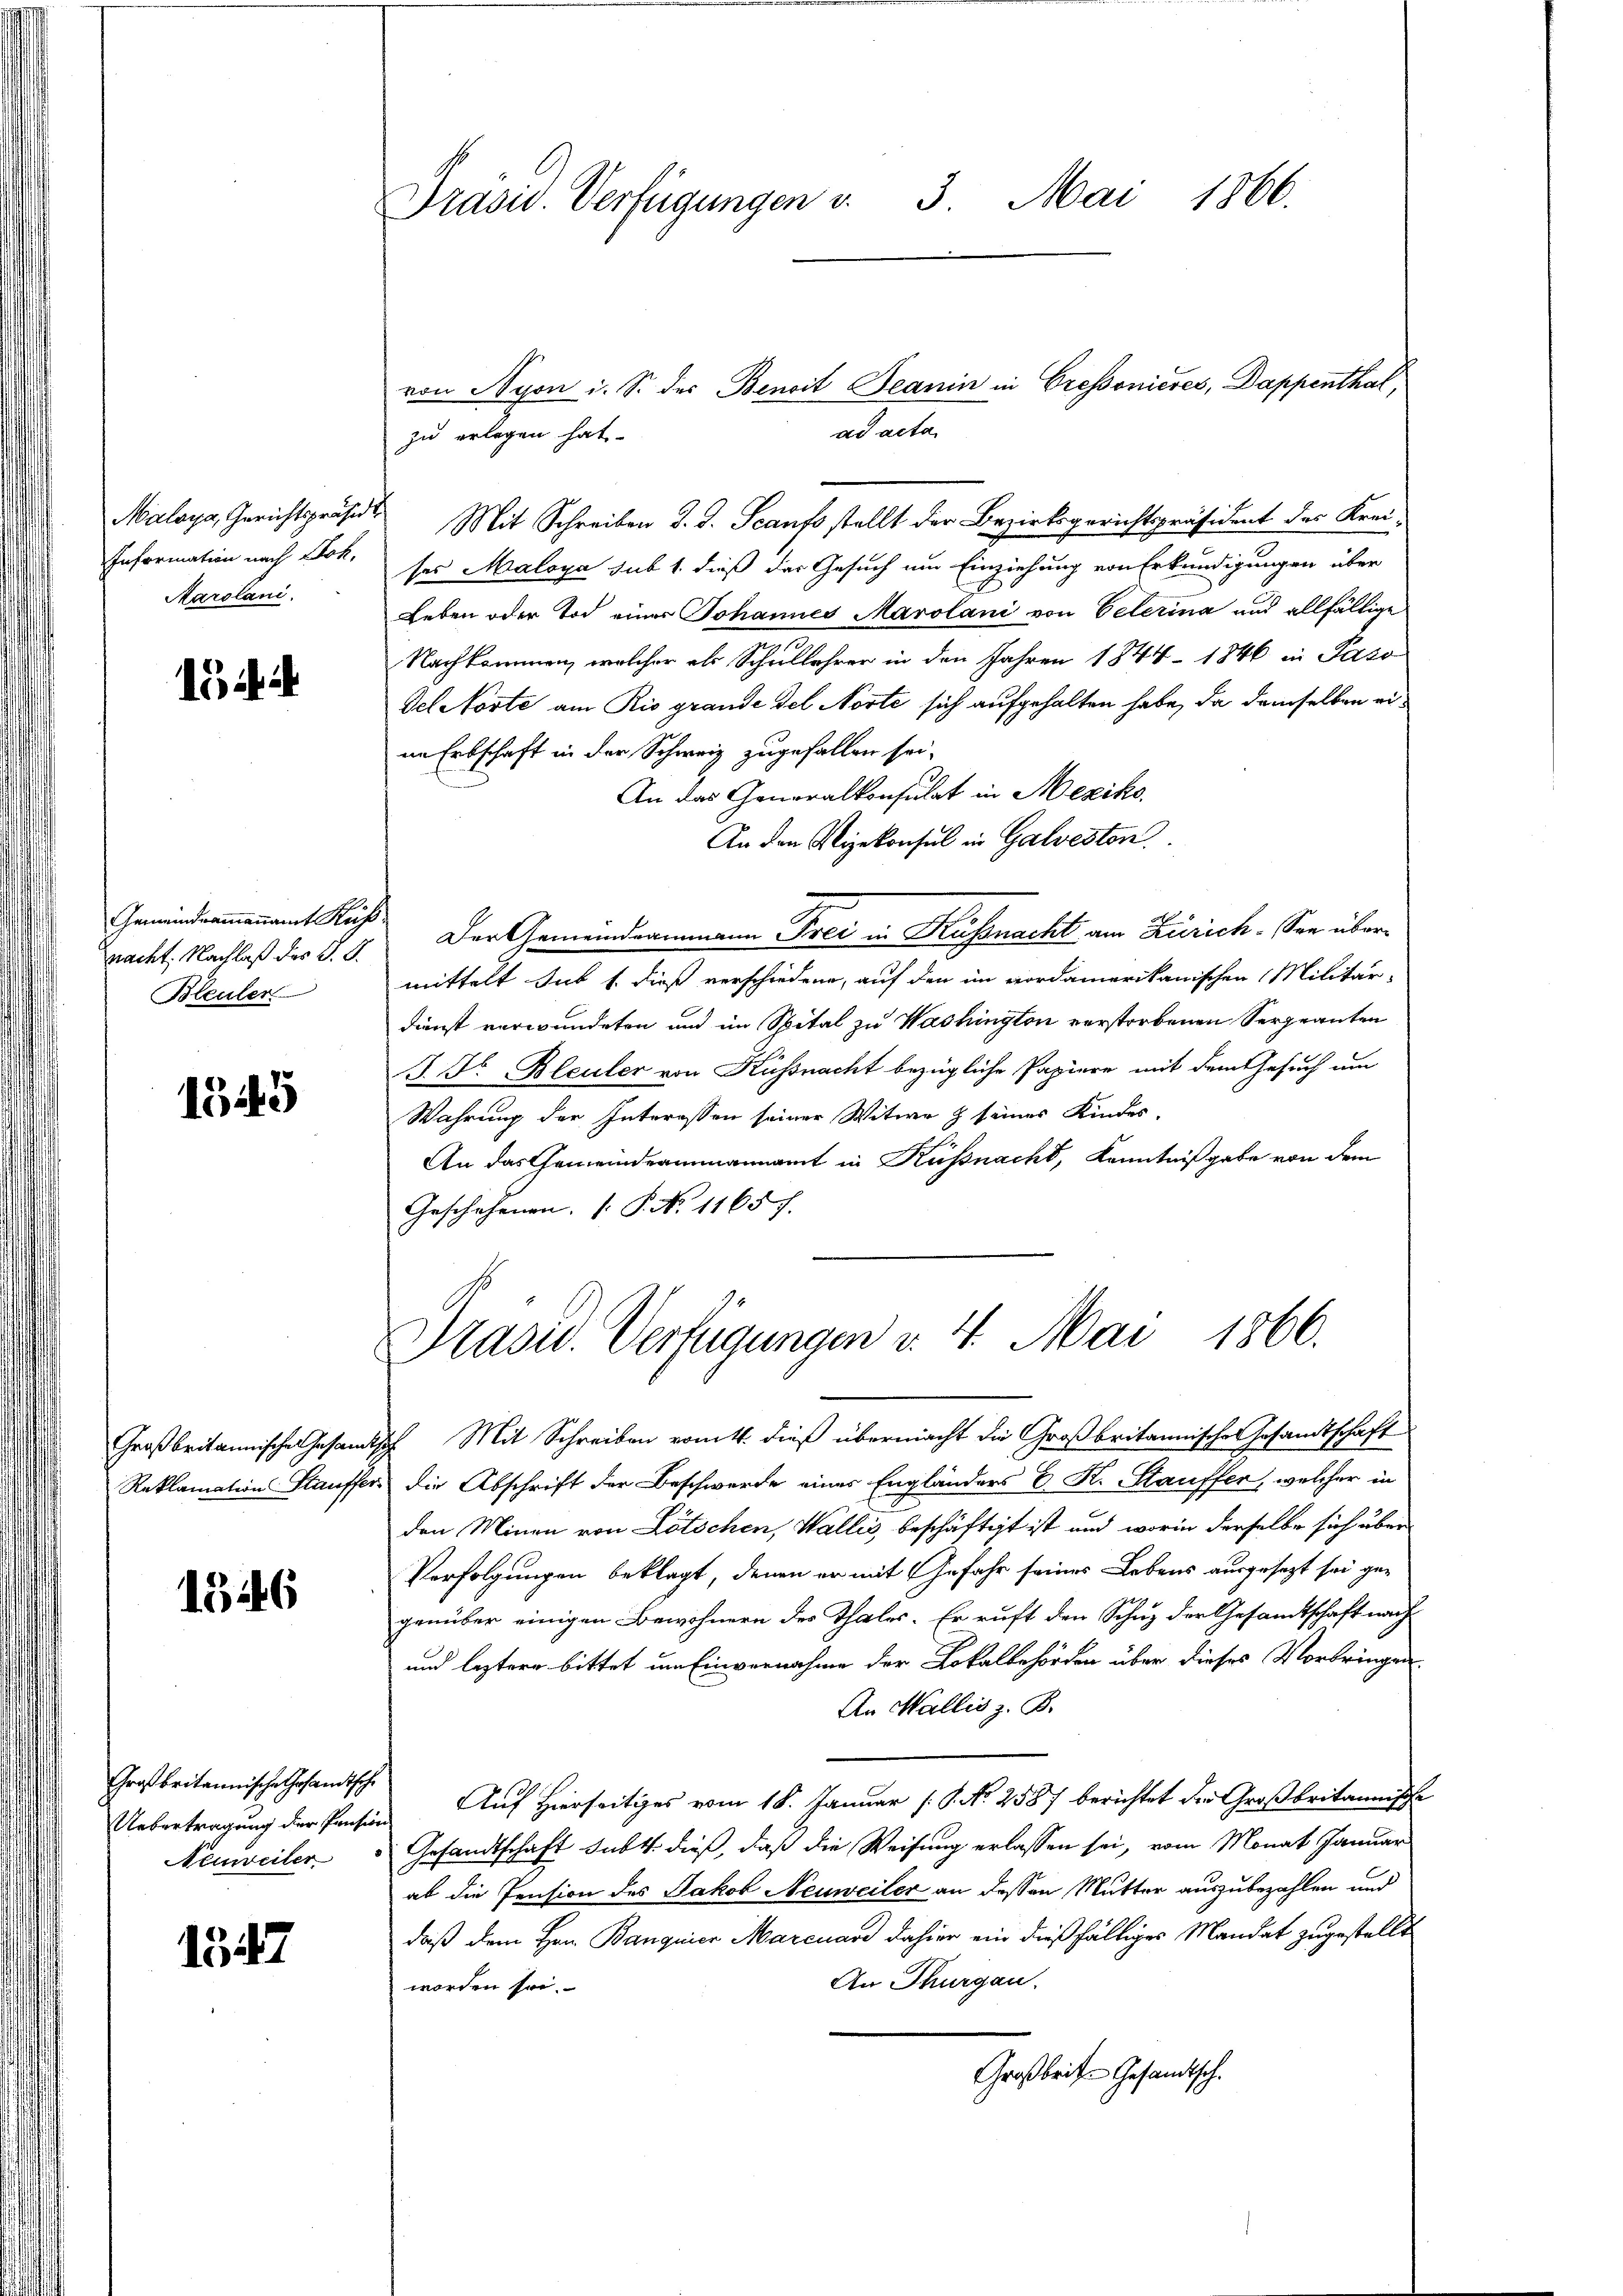
Maloya, Gerichtspräsidi
Information nach Stok,
Marolani.

i i

Gemeindrammannamt Kuz
pacht. Nachlaß des G. P.
Bleuler

1545

Großbritannische Gesamt
Reklamation Stauffe

1346

Großbritannische Gesandtsche
Neweiter

1547

Präsid. Verfügungen u. 3. Mai 1866.

ad acta
zu erlegen hat.
Mit Schreiben J. J. Scanfs stellt der Bezirksgerichtspräsident des Kreises Maloya sub 1. dieß der Gesuch um Einziehung von Erkundigungen über
Leben oder Tod eines Johannes Marolani von Peterina und allfällige
Nachkommen, welcher als Schullehrer in den Jahren 1844 - 1846 in Paso
del Note am Rio grande del Norte sich aufgehalten habe, da demselben eiim Erbschaft in der Schweiz zugefallen sei.
An das Generalkonsulat in Mexiko
An den Vizekonsul in Galvesten
 Der Gemeindeammann Frei in Küssnacht am Zürich. See übermittelt sub 1. dieß verschiedene, auf den im vordamerikanischen Militär-
Dienst verwundeten und im Spital zu Washington verstorbenen Sergeanten
J. Fr. Bleuler von Küssnacht bezügliche Papiere mit dem Gesuch um
Wahrung der Interessen seiner Witwe & seines Kindes-
An das Gemeindeammannamt in Küssnachs, Kenntnißgabe von dem
Geschehenen P. N. 1165 f.

von Nyon i. S. des Benoit Jeanin in Cressonieres, Dappenthal,

Präsid. Verfügungen v. 4. Mai 1866.

tch Mit Schreiben vom 4. dieß übermacht die Großbritannischer Gesandtschaft
ei die Abschrift der Beschwerde eines Engländers E. K. Stauffer, welcher in
den Minen von Lötschen, Wallis beschäftigt ist und worin derselbe sich über
Verfolgungen beklagt, denen er mit Gefahr seines Lebens ausgesezt sei gegenüber einigen Bewohnern der Thales. Er ruft den Schuz der Gesandtschaft nach
und leztere bittet um Einvernahme der Lokalbehörden über dieses Vorbringen
An Wallis z. B.
Uebertragung der Pension Auf Hierseitiges vom 18. Januar (S. No 2587 berichtet der Großbritannische
Gesandtschaft subt. dieß, daß die Weisung erlassen sei, vom Monat Januar
ab die Pension des Jakob Neuweiler an dessen Mutter auszubezahlen und
daß dem Hrn. Banquier Marcuard dahier ein dießfälliges Mandat zugestellt
An Thurgau.
worden sei.
Großbrit. Gesandtsch.